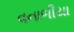
વનાળીયા